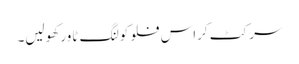
سرکٹ کراس فلو کولنگ ٹاور کھولیں۔